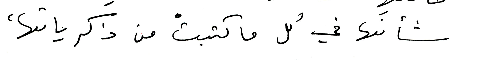
شأنَها في كل ما كتبتْ من ذكرياتها،